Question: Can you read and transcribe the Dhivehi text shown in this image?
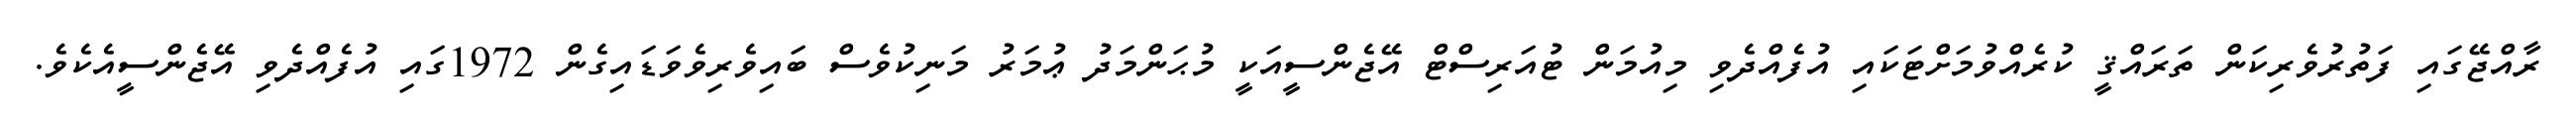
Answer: ރާއްޖޭގައި ފަތުރުވެރިކަން ތަރައްޤީ ކުރެއްވުމަށްޓަކައި އުފެއްދެވި މިއުމަން ޓުއަރިސްޓް އޭޖެންސީއަކީ މުޙަންމަދު ޢުމަރު މަނިކުވެސް ބައިވެރިވެވަޑައިގެން 1972ގައި އުފެއްދެވި އޭޖެންސީއެކެވެ.